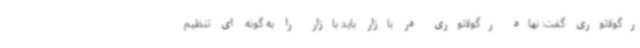
رگولاتوری گفت: نهاد رگولاتوری در بازار باید بازار را به گونه ای تنظیم